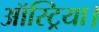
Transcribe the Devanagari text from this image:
ऑस्ट्रिया।